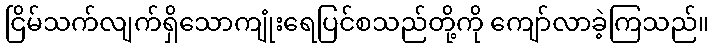
ငြိမ်သက်လျက်ရှိသောကျုံးရေပြင်စသည်တို့ကို ကျော်လာခဲ့ကြသည်။